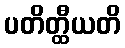
ပတိတ္ထီယတိ